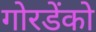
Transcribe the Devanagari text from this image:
गोरडेंको